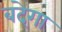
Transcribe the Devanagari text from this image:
बदेगा